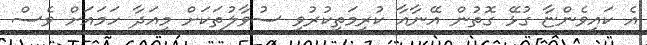
އެ ކައިވެންޏާ ގުޅޭ ގޮތުން އޭނާއާ ކުރިމަތިކުރުވި ސުވާލުތަކަށް މިއަދާ ހަމައަށް ވެސް